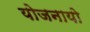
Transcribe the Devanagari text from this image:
योजनायो